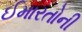
ઈમારતોની